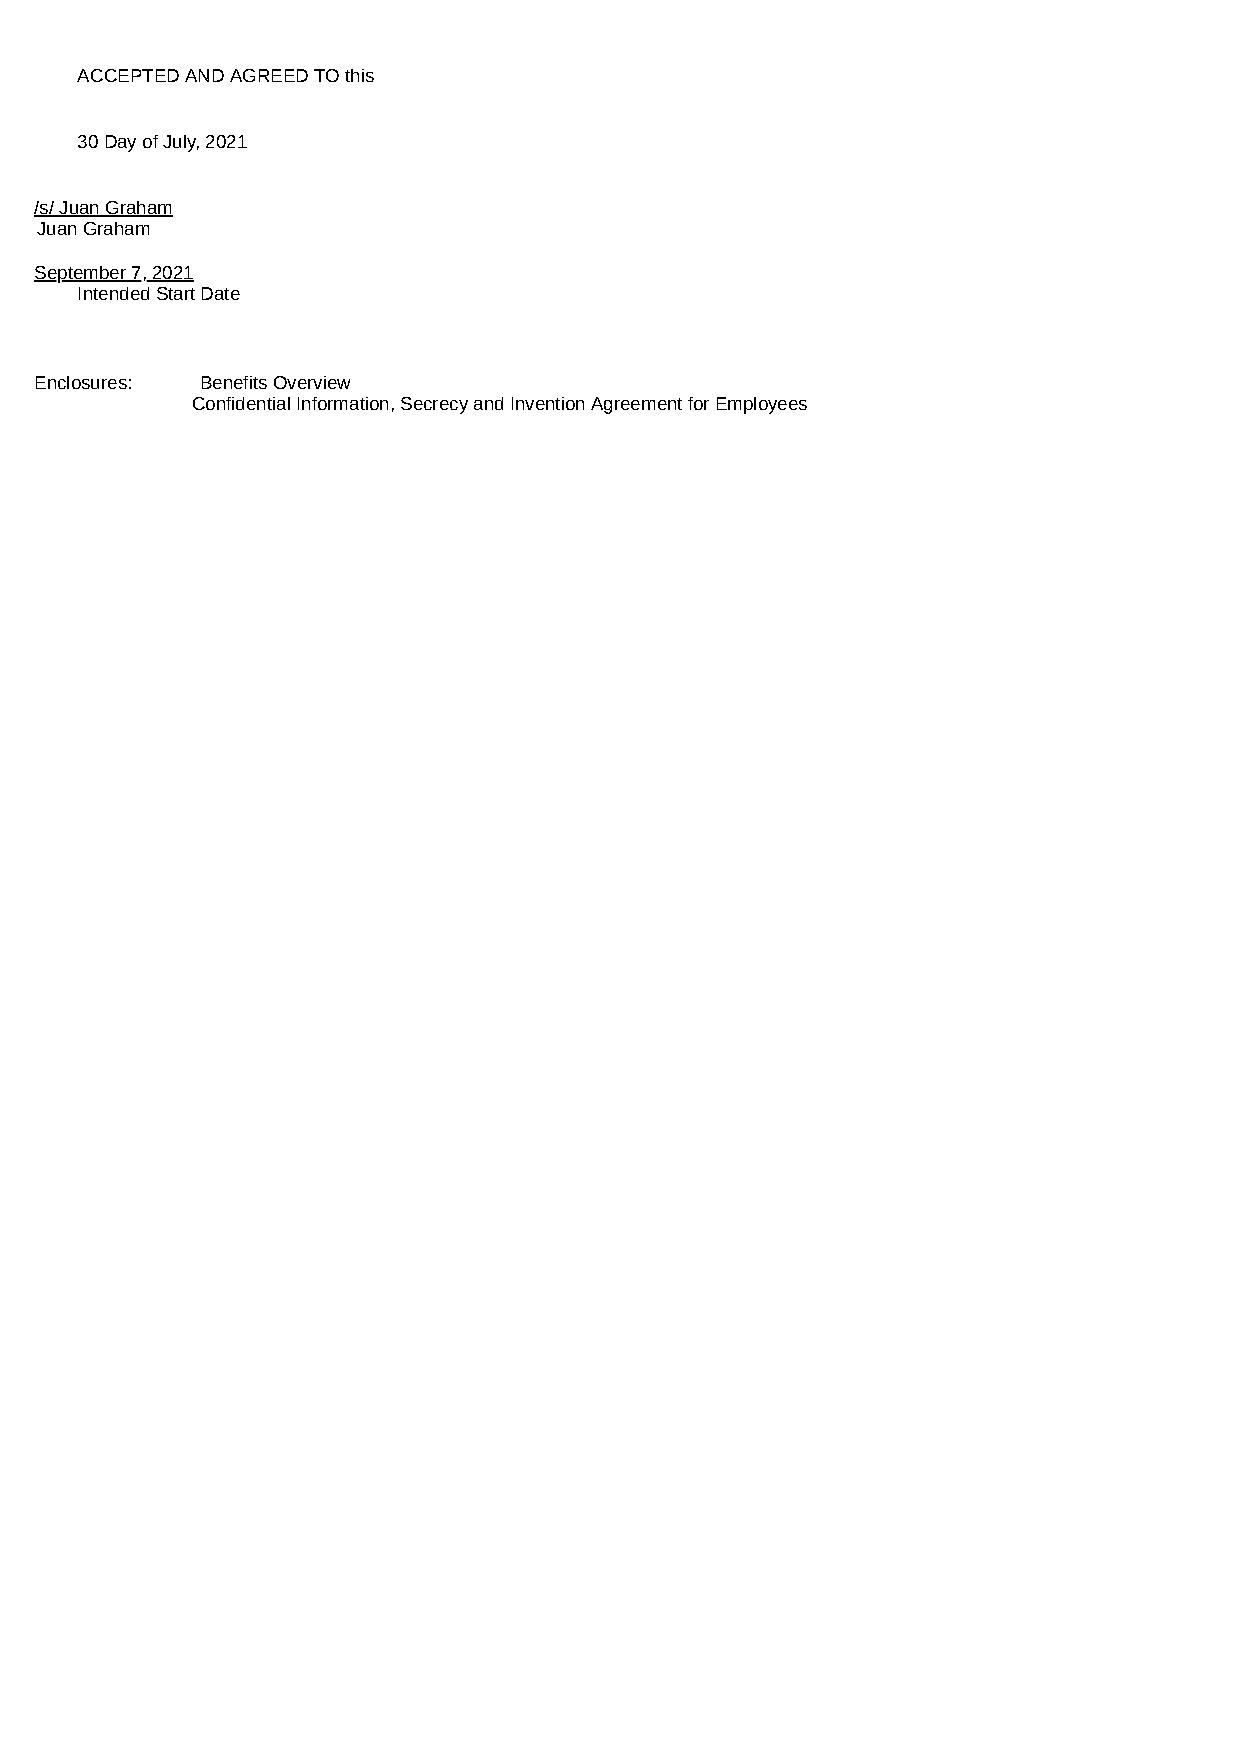
ACCEPTED AND AGREED TO this
 30 Day of July, 2021
 /s/ Juan Graham
 Juan Graham
 September 7, 2021
 Intended Start Date
 Enclosures: Benefits Overview
 Confidential Information, Secrecy and Invention Agreement for Employees